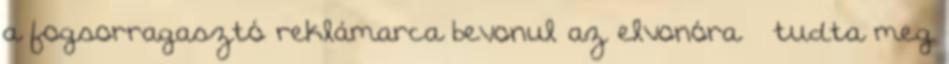
a fogsorragasztó reklámarca bevonul az elvonóra – tudta meg